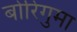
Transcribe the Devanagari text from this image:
बोरिगुमा